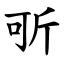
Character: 㪼